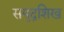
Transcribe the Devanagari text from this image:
समुद्रशिख